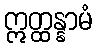
ဣတ္ထန္နာမံ